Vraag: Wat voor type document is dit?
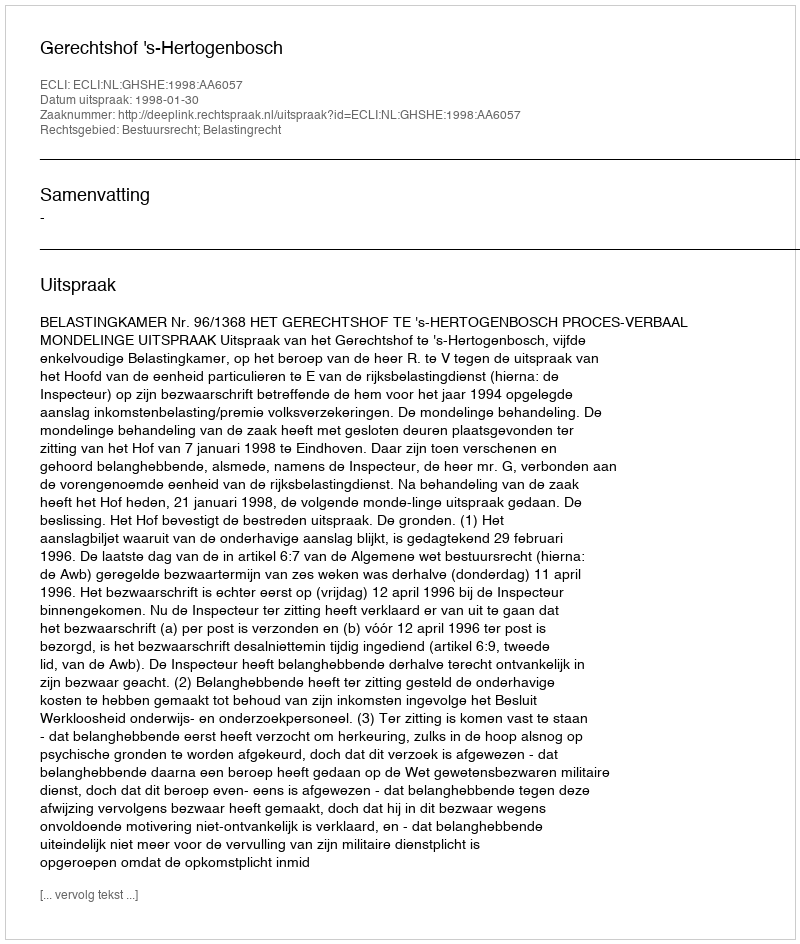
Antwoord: Uitspraak